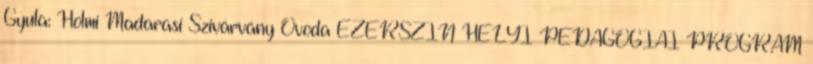
Gyula: Holmi Madarasi Szivárvány Óvoda EZERSZÍN HELYI PEDAGÓGIAI PROGRAM